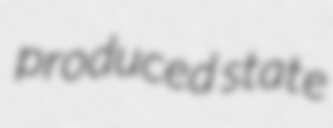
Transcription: produced state